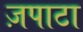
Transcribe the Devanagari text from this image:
ज़पाटा